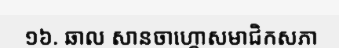
១៦. ឆាល សានចាហ្គោសមាជិកសភា